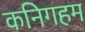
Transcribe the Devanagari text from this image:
कनिगहम